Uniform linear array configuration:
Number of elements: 48
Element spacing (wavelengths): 0.75
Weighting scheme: binomial
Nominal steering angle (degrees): -30
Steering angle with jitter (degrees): -28.782
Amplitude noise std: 0.05
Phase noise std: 0.05

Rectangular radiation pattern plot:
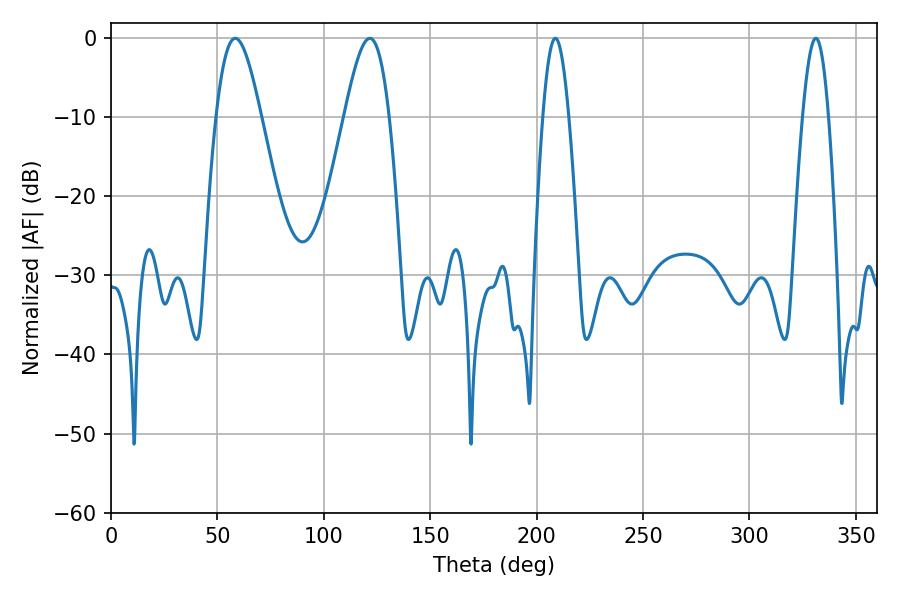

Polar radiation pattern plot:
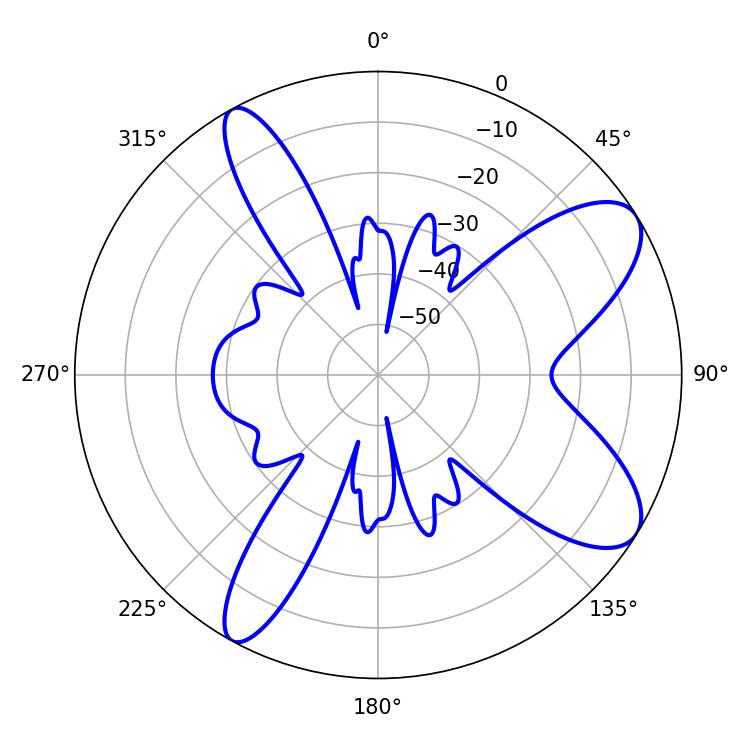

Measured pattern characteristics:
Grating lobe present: TRUE
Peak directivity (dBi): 9.014
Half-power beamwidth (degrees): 6.66
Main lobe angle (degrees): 208.8